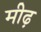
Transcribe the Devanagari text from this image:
मीढ़